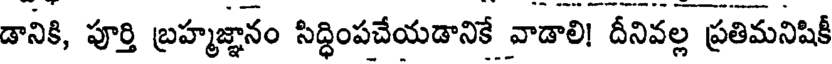
డానికి, పూర్తి బ్రహ్మజ్ఞానం సిద్ధింపచేయడానికే వాడాలి! దీనివల్ల ప్రతిమనిషికీ